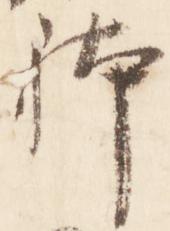
躰